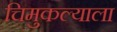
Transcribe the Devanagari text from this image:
चिमुकल्याला